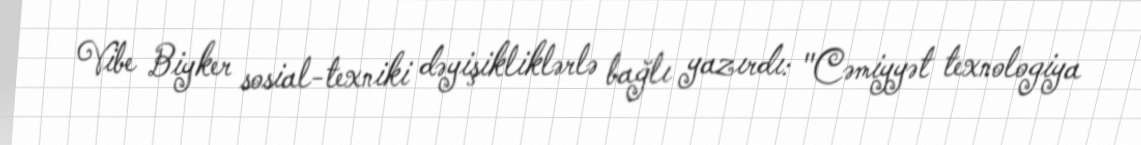
Vibe Biyker sosial-texniki dəyişikliklərlə bağlı yazırdı: "Cəmiyyət texnologiya